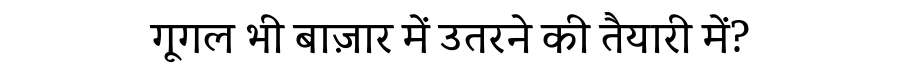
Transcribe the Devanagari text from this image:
गूगल भी बाज़ार में उतरने की तैयारी में?